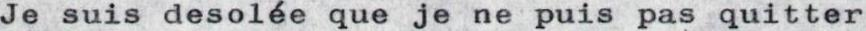
Je suis desolée que je ne puis pas quitter